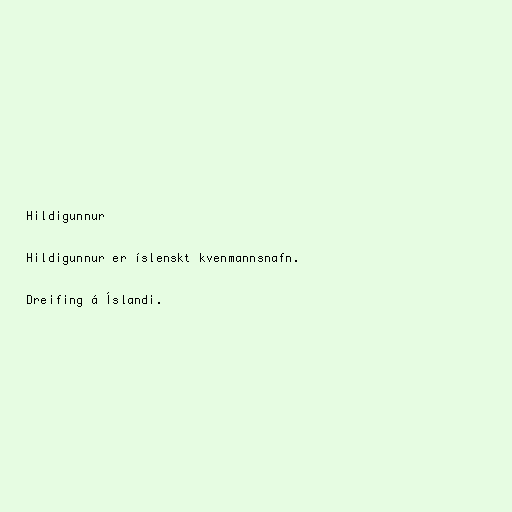
Hildigunnur

Hildigunnur er íslenskt kvenmannsnafn.

Dreifing á Íslandi.